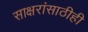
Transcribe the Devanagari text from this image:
साक्षरांसाठीही